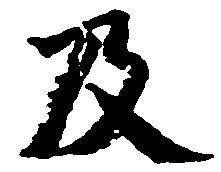
及